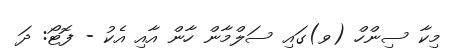
މިކާ ސިންހް (ވ)ގައި ސަލްމާން ހާން އާއި އެކު - ފޮޓޯ: ދަ